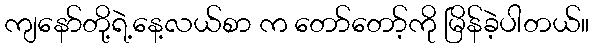
ကျနော်တို့ရဲ့နေ့လယ်စာ က တော်တော့်ကို မြိန်ခဲ့ပါတယ်။